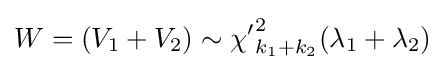
W=(V_{1}+V_{2})\sim {\chi '}_{k_{1}+k_{2}}^{2}(\lambda _{1}+\lambda _{2})